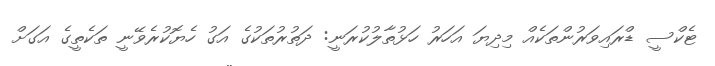
ޓެކްސީ ޑްރައިވަރުންތަކެއް މިދިޔަ އަހަރު ހަޅުތާލުކުރަނީ: ދަތުރުތަކުގެ އަގު ހެޔޮކުރެވޭނީ ތަކެތީގެ އަގަށް